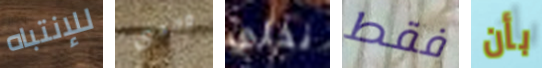
للإنتباه وحدي نخلي فقط بأن